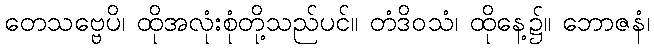
တေသဗ္ဗေပိ၊ ထိုအလုံးစုံတို့သည်ပင်။ တံဒိဝသံ၊ ထိုနေ့၌။ ဘောဇနံ၊